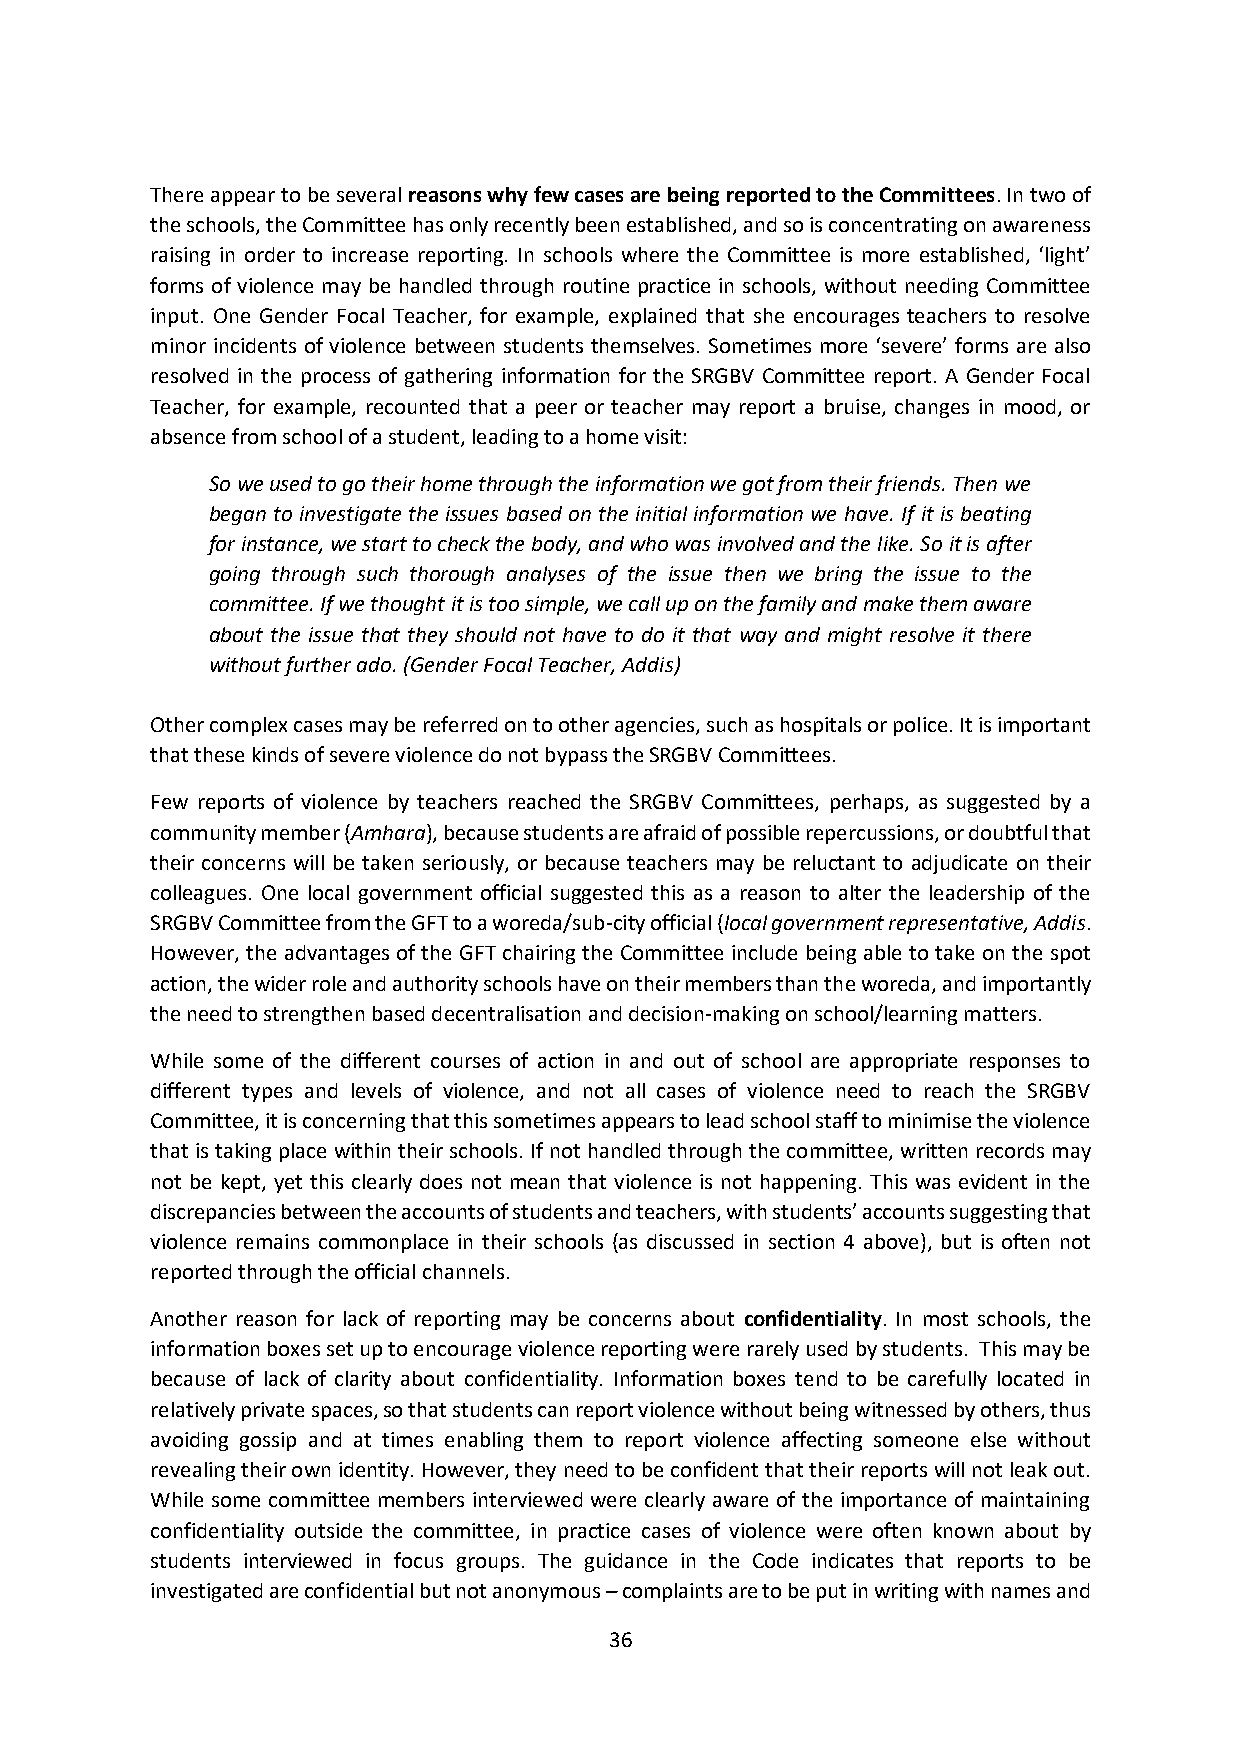
There appear to be several reasons why few cases are being reported to the Committees. In two of
 the schools, the Committee has only recently been established, and so is concentrating on awareness
 raising in order to increase reporting. In schools where the Committee is more established, ‘light’
 forms of violence may be handled through routine practice in schools, without needing Committee
 input. One Gender Focal Teacher, for example, explained that she encourages teachers to resolve
 minor incidents of violence between students themselves. Sometimes more ‘severe’ forms are also
 resolved in the process of gathering information for the SRGBV Committee report. A Gender Focal
 Teacher, for example, recounted that a peer or teacher may report a bruise, changes in mood, or
 absence from school of a student, leading to a home visit:
 So we used to go their home through the information we got from their friends. Then we
 began to investigate the issues based on the initial information we have. If it is beating
 for instance, we start to check the body, and who was involved and the like. So it is after
 going through such thorough analyses of the issue then we bring the issue to the
 committee. If we thought it is too simple, we call up on the family and make them aware
 about the issue that they should not have to do it that way and might resolve it there
 without further ado. (Gender Focal Teacher, Addis)
 Other complex cases may be referred on to other agencies, such as hospitals or police. It is important
 that these kinds of severe violence do not bypass the SRGBV Committees.
 Few reports of violence by teachers reached the SRGBV Committees, perhaps, as suggested by a
 community member (Amhara), because students are afraid of possible repercussions, or doubtful that
 their concerns will be taken seriously, or because teachers may be reluctant to adjudicate on their
 colleagues. One local government official suggested this as a reason to alter the leadership of the
 SRGBV Committee from the GFT to a woreda/sub-city official (local government representative, Addis.
 However, the advantages of the GFT chairing the Committee include being able to take on the spot
 action, the wider role and authority schools have on their members than the woreda, and importantly
 the need to strengthen based decentralisation and decision-making on school/learning matters.
 While some of the different courses of action in and out of school are appropriate responses to
 different types and levels of violence, and not all cases of violence need to reach the SRGBV
 Committee, it is concerning that this sometimes appears to lead school staff to minimise the violence
 that is taking place within their schools. If not handled through the committee, written records may
 not be kept, yet this clearly does not mean that violence is not happening. This was evident in the
 discrepancies between the accounts of students and teachers, with students’ accounts suggesting that
 violence remains commonplace in their schools (as discussed in section 4 above), but is often not
 reported through the official channels.
 Another reason for lack of reporting may be concerns about confidentiality. In most schools, the
 information boxes set up to encourage violence reporting were rarely used by students. This may be
 because of lack of clarity about confidentiality. Information boxes tend to be carefully located in
 relatively private spaces, so that students can report violence without being witnessed by others, thus
 avoiding gossip and at times enabling them to report violence affecting someone else without
 revealing their own identity. However, they need to be confident that their reports will not leak out.
 While some committee members interviewed were clearly aware of the importance of maintaining
 confidentiality outside the committee, in practice cases of violence were often known about by
 students interviewed in focus groups. The guidance in the Code indicates that reports to be
 investigated are confidential but not anonymous – complaints are to be put in writing with names and
 36